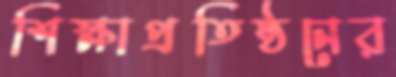
শিক্ষাপ্রতিষ্ঠনের